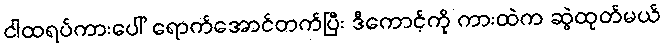
ငါထရပ်ကားပေါ် ရောက်အောင်တက်ပြီး ဒီကောင့်ကို ကားထဲက ဆွဲထုတ်မယ်